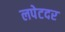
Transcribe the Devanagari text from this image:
लपेटदर